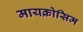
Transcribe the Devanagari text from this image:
मायक्रोसिम